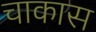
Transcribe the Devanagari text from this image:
चाकास